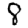
Digit: 8